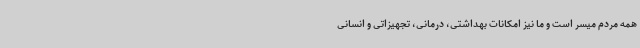
همه مردم میسر است و ما نیز امکانات بهداشتی، درمانی، تجهیزاتی و انسانی